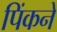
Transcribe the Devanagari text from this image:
पिंकने